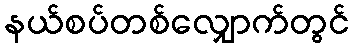
နယ်စပ်တစ်လျှောက်တွင်